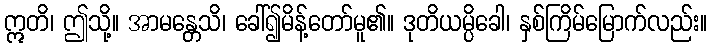
ဣတိ၊ ဤသို့။ အာမန္တေသိ၊ ခေါ်၍မိန့်တော်မူ၏။ ဒုတိယမ္ပိခေါ၊ နှစ်ကြိမ်မြောက်လည်း။